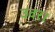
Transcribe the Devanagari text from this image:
उदर।